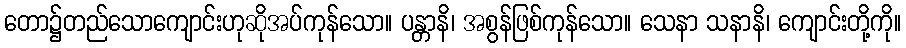
တော၌တည်သောကျောင်းဟုဆိုအပ်ကုန်သော။ ပန္တာနိ၊ အစွန်ဖြစ်ကုန်သော။ သေနာ သနာနိ၊ ကျောင်းတို့ကို။